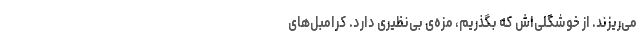
می‌ریزند. از خوشگلی‌اش که بگذریم، مزه‌ی بی‌نظیری دارد. کرامبل‌های